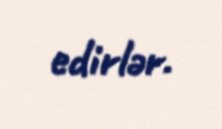
edirlər.